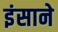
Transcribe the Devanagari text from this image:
इंसाने